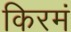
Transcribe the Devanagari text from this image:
किरमं